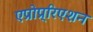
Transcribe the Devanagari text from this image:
एप्रोप्र्रिएशन